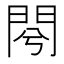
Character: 𨳣